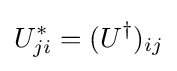
U_{ji}^{*}=(U^{\dagger })_{ij}